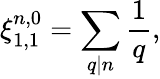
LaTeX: \xi_{1,1}^{n,0}=\sum_{q|n}\frac{1}{q},